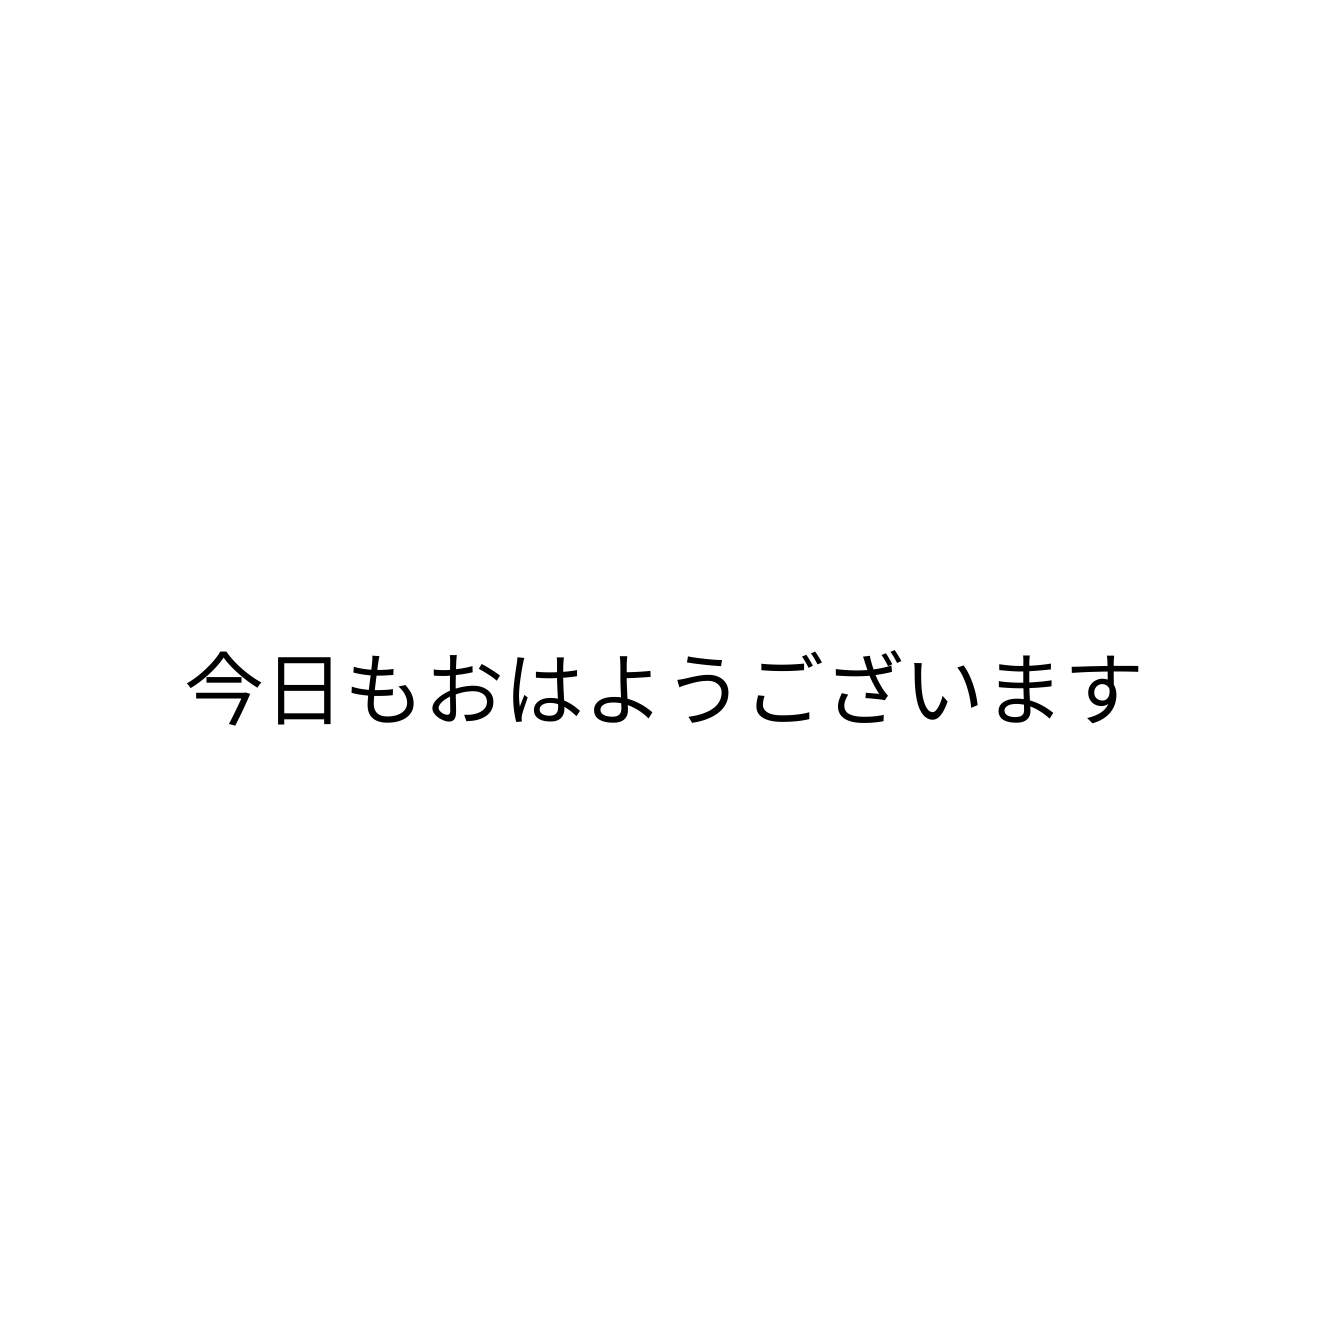
今日もおはようございます